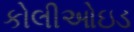
કોલીઓઇડ